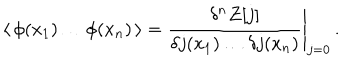
\langle \, \phi ( x _ { 1 } ) \dots \phi ( x _ { n } ) \, \rangle = \frac { \delta ^ { n } { \cal Z } [ j ] } { \delta j ( x _ { 1 } ) \dots \delta j ( x _ { n } ) } \Bigg | _ { j = 0 } \, .